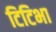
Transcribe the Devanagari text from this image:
टिटिभा